Scottish assistants in French schools and colleges, 1923
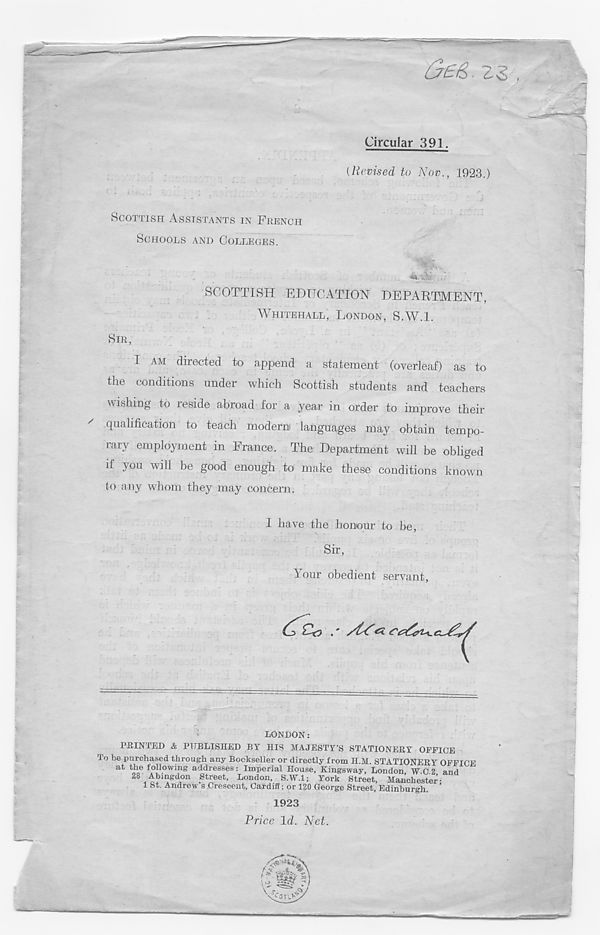
&£&■ 23
Circular 391.
(Revised to Nov., 1923.)
SCOTTISH ASSISTANTS IN FRENCH
SCHOOLS AND COLLEGES.
■
SCOTTISH EDUCATION DEPARTMENT,
WHITEHALL, LONDON, S.W.l.
SIR,
I AM directed to append a statement (overleaf) as to
the conditions under which Scottish students and teachers
wishing to leside abroad for a year in order to improve their
qualification to teach modern languages may obtain tempo-
rary employment in France. The Department will be obliged
if you will be good enough to make these conditions known
to any whom they may concern.
I have the honour to be,
Sir,
Your obedient servant,
LONDON:
PRINTED & PUBLISHED BY HIS MAJESTY’S STATIONERY OFFICE
To be purchased through any Bookseller or directly from H.M. STATIONERY OFFICE
at the following addresses: Imperial House, Kingsway, London W C 2 and
23 Abingdon Street, London, S.W.l; York Street, Manchester’-
1 St. Andrew s Crescent, Cardiff; or 120 George Street, Edinburgh.
1923
Price Id. Net.